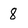
Character: 8